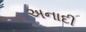
અનાદી